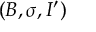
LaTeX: ( B , \sigma , I ^ { \prime } )